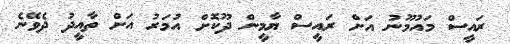
ރައީސް މައުމޫނު އަށް ރައީސް ޔާމީން ދޫކޮށް އުމަރު އަށް ތާއީދު ދެވޭނެ